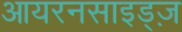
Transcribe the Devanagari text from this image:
आयरनसाइड्ज़